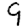
Digit: 9